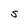
Character: S